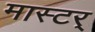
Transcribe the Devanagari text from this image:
मास्टर्